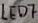
Text: LED7